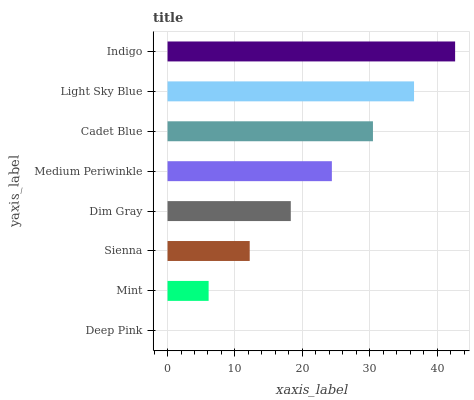
| yaxis_label | bars |
 | --- | --- |
 | Deep Pink | 0 |
 | Mint | 6.1 |
 | Sienna | 12.2 |
 | Dim Gray | 18.3 |
 | Medium Periwinkle | 24.4 |
 | Cadet Blue | 30.5 |
 | Light Sky Blue | 36.6 |
 | Indigo | 42.7 |